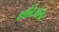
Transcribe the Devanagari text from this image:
काब्रिओलेट